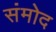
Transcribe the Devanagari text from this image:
संमोद